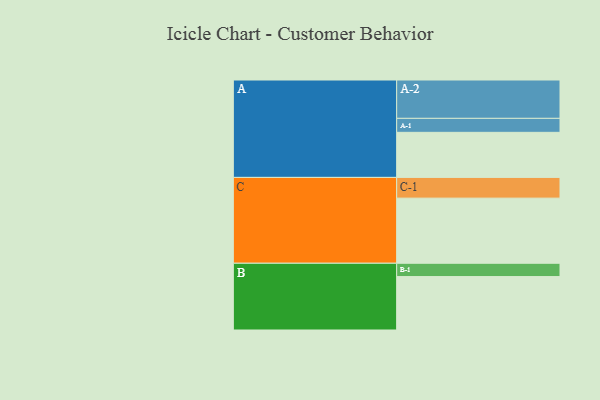
{"axis": {"x": "Segment", "y": "Value"}, "legend": ["", "A", "B", "C"], "data": [{"x": "A", "y": 335, "type": ""}, {"x": "B", "y": 397, "type": ""}, {"x": "C", "y": 484, "type": ""}, {"x": "A-1", "y": 104, "type": "A"}, {"x": "A-2", "y": 285, "type": "A"}, {"x": "B-1", "y": 99, "type": "B"}, {"x": "C-1", "y": 154, "type": "C"}]}